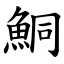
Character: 鮦